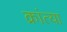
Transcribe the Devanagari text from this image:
क्रांत्या